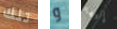
تلك و إليها